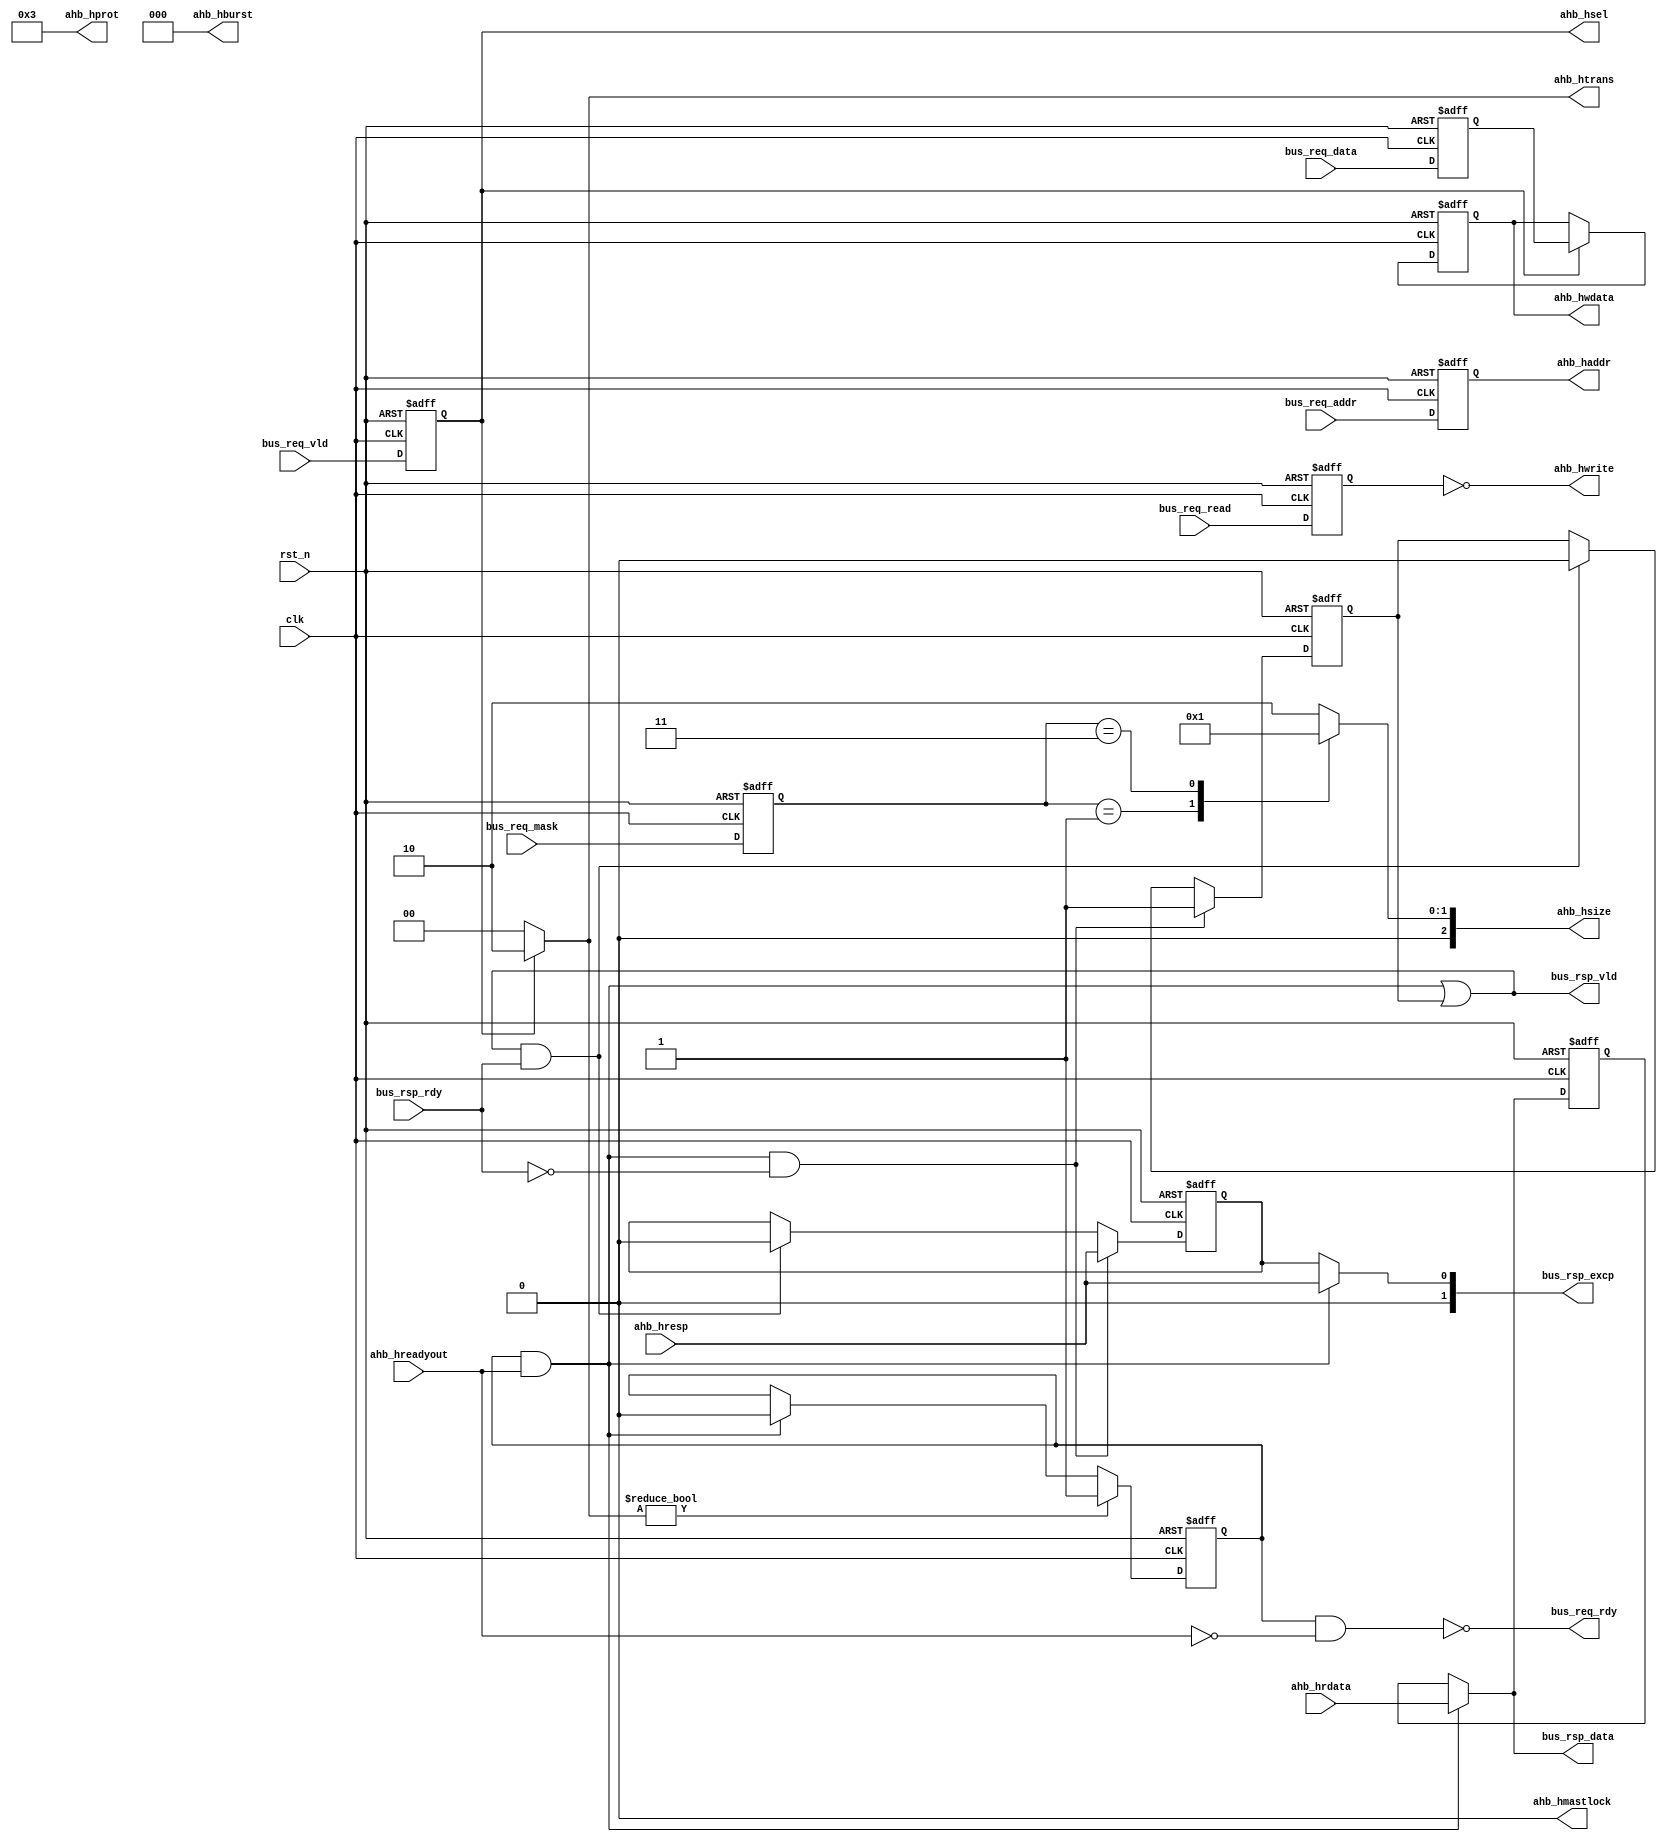
module uv_bus_to_ahb
#(
    parameter ALEN                  = 12,
    parameter DLEN                  = 32,
    parameter MLEN                  = DLEN / 8,
    parameter PIPE                  = 1'b1
)
(
    input                           clk,
    input                           rst_n,

    // Bus ports.
    input                           bus_req_vld,
    output                          bus_req_rdy,
    input                           bus_req_read,
    input  [ALEN-1:0]               bus_req_addr,
    input  [MLEN-1:0]               bus_req_mask,
    input  [DLEN-1:0]               bus_req_data,

    output                          bus_rsp_vld,
    input                           bus_rsp_rdy,
    output [1:0]                    bus_rsp_excp,
    output [DLEN-1:0]               bus_rsp_data,

    // AHB ports.
    output                          ahb_hsel,
    output [ALEN-1:0]               ahb_haddr,
    output [2:0]                    ahb_hburst,
    output [1:0]                    ahb_htrans,
    output [2:0]                    ahb_hsize,
    output [3:0]                    ahb_hprot,
    output                          ahb_hmastlock,
    output                          ahb_hwrite,
    output [DLEN-1:0]               ahb_hwdata,
    input  [DLEN-1:0]               ahb_hrdata,
    input                           ahb_hreadyout,
    input                           ahb_hresp
);

    localparam UDLY = 1;
    
    reg                             req_vld_r;
    reg                             req_read_r;
    reg  [ALEN-1:0]                 req_addr_r;
    reg  [MLEN-1:0]                 req_mask_r;
    reg  [DLEN-1:0]                 req_data_r;

    reg                             rsp_vld_r;
    reg                             rsp_excp_r;
    reg  [DLEN-1:0]                 rsp_data_r;

    reg  [2:0]                      ahb_hsize_t;
    reg  [DLEN-1:0]                 ahb_hwdata_r;
    reg                             ahb_busy_r;
    wire                            ahb_okay;

    assign ahb_okay                 = ahb_busy_r & ahb_hreadyout;

    // Bus output.
    assign bus_req_rdy              = ~(ahb_busy_r & (~ahb_hreadyout));
    assign bus_rsp_vld              = ahb_okay | rsp_vld_r;
    assign bus_rsp_excp             = ahb_okay ? {1'b0, ahb_hresp} : {1'b0, rsp_excp_r};
    assign bus_rsp_data             = ahb_okay ? ahb_hrdata : rsp_data_r;

    // AHB output.
    assign ahb_hsel                 = req_vld_r;
    assign ahb_haddr                = req_addr_r;
    assign ahb_hburst               = 3'b000;
    assign ahb_htrans               = req_vld_r ? 2'b10 : 2'b00;
    assign ahb_hsize                = ahb_hsize_t;
    assign ahb_hprot                = 4'b0011;
    assign ahb_hmastlock            = 1'b0;
    assign ahb_hwrite               = ~req_read_r;
    assign ahb_hwdata               = ahb_hwdata_r;

    // Buffer bus output.
    always @(posedge clk or negedge rst_n) begin
        if (~rst_n) begin
            rsp_vld_r  <= 1'b0;
            rsp_excp_r <= 1'b0;
        end
        else begin
            if (ahb_okay & (~bus_rsp_rdy)) begin
                rsp_vld_r  <= #ULDY 1'b1;
                rsp_excp_r <= #ULDY ahb_hresp;
            end
            else if (bus_rsp_vld & bus_rsp_rdy) begin
                rsp_vld_r  <= #ULDY 1'b0;
                rsp_excp_r <= #ULDY 1'b0;
            end
        end
    end

    always @(posedge clk or negedge rst_n) begin
        if (~rst_n) begin
            rsp_data_r <= {DLEN{1'b0}};
        end
        else begin
            if (ahb_okay) begin
                rsp_data_r <= #ULDY ahb_hrdata;
            end
        end
    end

    // Buffer bus input.
    generate
        if (PIPE) begin: gen_bus_req_pipe
            always @(posedge clk or negedge rst_n) begin
                if (~rst_n) begin
                    req_vld_r  <= 1'b0;
                    req_read_r <= 1'b0;
                    req_addr_r <= {ALEN{1'b0}};
                    req_mask_r <= {MLEN{1'b0}};
                    req_data_r <= {DLEN{1'b0}};
                end
                else begin
                    req_vld_r  <= #UDLY bus_req_vld;
                    req_read_r <= #UDLY bus_req_read;
                    req_addr_r <= #UDLY bus_req_addr;
                    req_mask_r <= #UDLY bus_req_mask;
                    req_data_r <= #UDLY bus_req_data;
                end
            end
        end
        else begin: gen_bus_req_imm
            always @(*) begin
                req_vld_r  = bus_req_vld;
                req_read_r = bus_req_read;
                req_addr_r = bus_req_addr;
                req_mask_r = bus_req_mask;
                req_data_r = bus_req_data;
            end
        end
    endgenerate

    // Mask to size.
    generate
        if (DLEN == 32) begin: gen_hsize_32b
            always @(*) begin
                case (req_mask_r[3:0])
                    4'b0001: ahb_hsize_t = 3'd0;
                    4'b0011: ahb_hsize_t = 3'd1;
                    default: ahb_hsize_t = 3'd2;
                endcase
            end
        end
        else begin: gen_hsize_64b
            always @(*) begin
                case (req_mask_r[7:0])
                    8'b00000001: ahb_hsize_t = 3'd0;
                    8'b00000011: ahb_hsize_t = 3'd1;
                    8'b00001111: ahb_hsize_t = 3'd2;
                    default    : ahb_hsize_t = 3'd3;
                endcase
            end
        end
    endgenerate

    // Delay AHB data output.
    always @(posedge clk or negedge rst_n) begin
        if (~rst_n) begin
            ahb_hwdata_r <= {DLEN{1'b0}};
        end
        else begin
            if (req_vld_r) begin
                ahb_hwdata_r <= #ULDY req_data_r;
            end
        end
    end

    // Buffer AHB busy status.
    always @(posedge clk or negedge rst_n) begin
        if (~rst_n) begin
            ahb_busy_r <= 1'b0;
        end
        else begin
            if (ahb_htrans != 2'b0) begin
                ahb_busy_r <= #UDLY 1'b1;
            end
            else if (ahb_okay) begin
                ahb_busy_r <= #ULDY 1'b0;
            end
        end
    end

endmodule